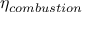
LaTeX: \eta _ { c o m b u s t i o n }